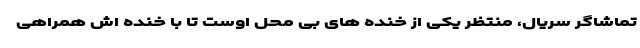
تماشاگر سریال، منتظر یکی از خنده های بی محل اوست تا با خنده اش همراهی